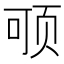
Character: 𲊻